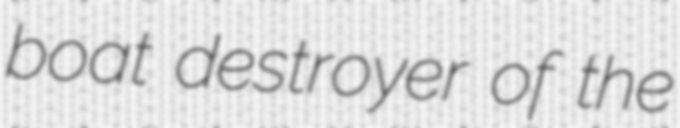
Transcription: boat destroyer of the